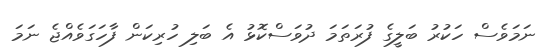
ނަމަވެސް ހަކުރު ބަލީގެ ފުރަތަމަ ދުވަސްކޮޅު އެ ބަލި ހުރިކަން ފާހަގަވެއްޖެ ނަމަ